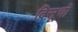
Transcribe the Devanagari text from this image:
दिसूचो